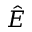
\hat { E }